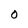
Character: o